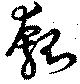
瓠